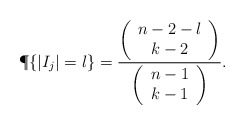
\begin{align*}\P \{|I_j| = l \}=\frac{\left( \begin{array}{c} n-2-l\\ k-2 \end{array}\right)}{\left( \begin{array}{c} n-1\\ k-1 \end{array}\right)}.\end{align*}